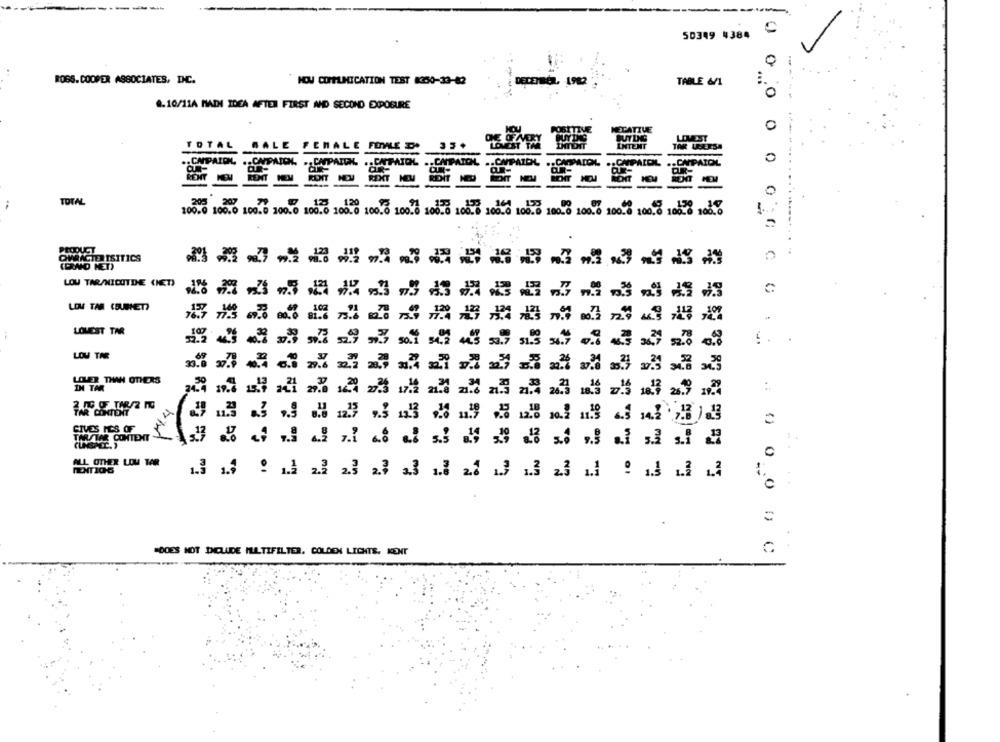
C
50349 4384
0
ROSS. COOPER ASSOCIATES, DHC.
NOW COMMUNICATION TEST K350-33-82
TABLE 6/1
0
8.10/11A MAIN IDEA AFTER FIRST AND SECOND EXPOSURE
0
NEGATIVE
BUTDIG
LOWEST
TOTA
MALE FEMALE FOWLES
INTENT
TAR UGERSA
.. CAPAIOL
... ....
TOTAL
..
00.0 100.0 100.0 100.0 100.0 100.0 100.0 100.0 108.0 108.8 108.6 100.0 100.6 100.8 100.8 100.8 100.6 108.6
PRODUCT
QVRACTER TSITICS
RAND HET)
LOU TAR/NICUTDE CHET)
LIM TAR (BUBHET)
LOWEST TAR
[ . .
LOU THE
LOUER THAN OTHERS
IN TAR
.:
AR CONTENT
CIVES MES OF
TAUSTAR CONTENT
ALL OTHER LOU TAR
1.3 13 9 13 23 23 23 23 18 22 13 13 23 13 9 1 12 13
"DOES NOT INCLUDE MULTIFILTER. COLDEN LICHTS. KONT